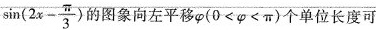
$$\sin ( 2 x - \frac { π } { 3 } )$$的图象向左平移$$φ ( 0 < φ < π )$$个单位长度可